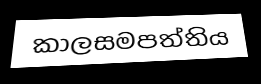
කාලසමපත්තිය